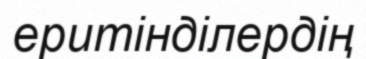
еритінділердің